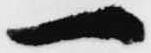
一